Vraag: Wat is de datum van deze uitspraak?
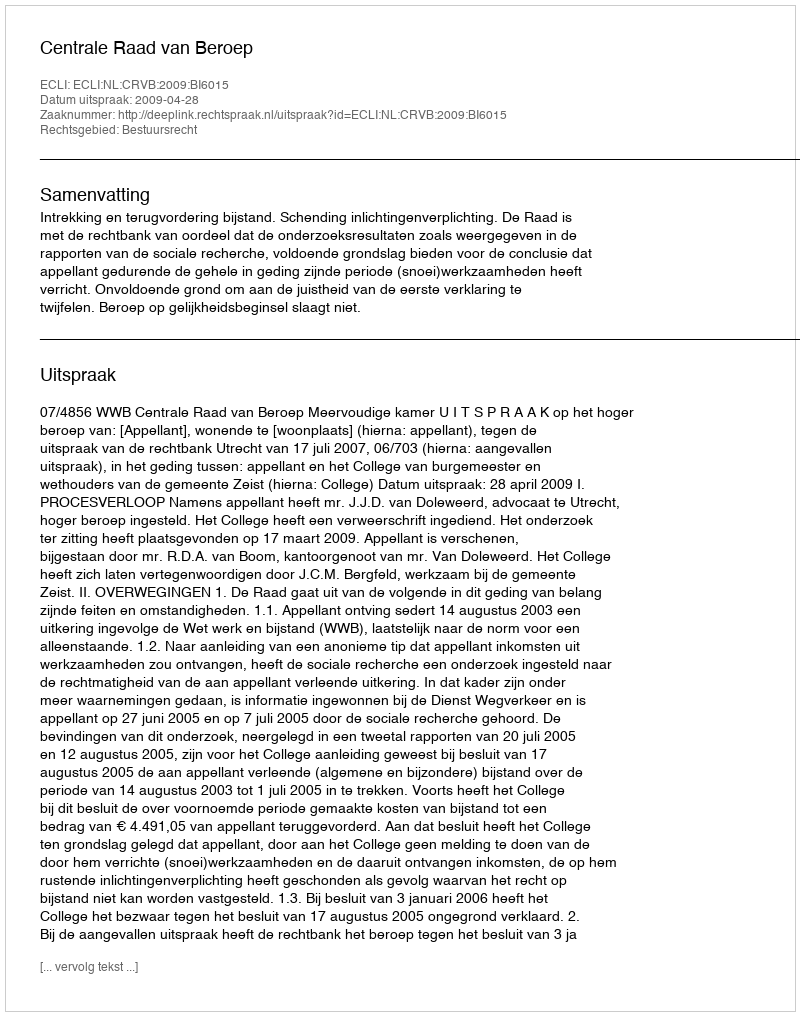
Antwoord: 2009-04-28